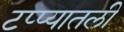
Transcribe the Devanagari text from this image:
टप्प्यातली